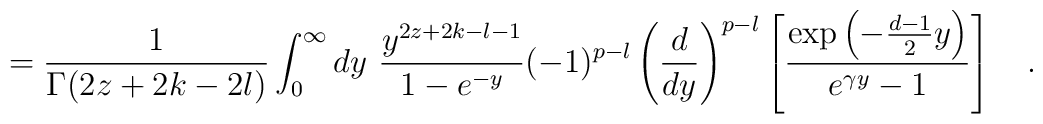
={1 \over \Gamma(2z+2k-2l)}\int_{0}^{\infty} dy~ {y^{2z+2k-l-1} \over 1-e^{-y}}(-1)^{p-l}\left({d \over dy}\right)^{p-l}\left[{\exp\left(-{d-1 \over 2}y\right) \over e^{\gamma y} -1}\right]~~~.